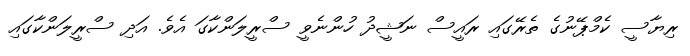
ރިޔާސީ ކެމްޕޭނުގެ ތެރޭގައި ރައީސް ނަޝީދު ހުންނެވީ ސްރީލަންކާގަ އެވެ. އަދި ސްރީލަންކާގައި